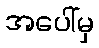
အပေါ်မှ